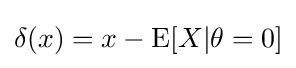
\delta (x)=x-\operatorname {E} [X|\theta =0]